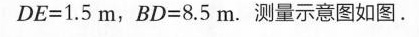
DE=1.5m，BD=8.5m. 测量示意图如图.